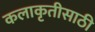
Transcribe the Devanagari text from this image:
कलाकृतीसाठी